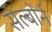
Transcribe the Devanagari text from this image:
सेल्बोर्न